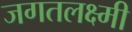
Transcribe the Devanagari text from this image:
जगतलक्ष्मी